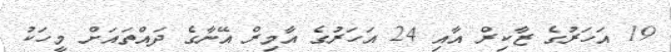
19 އަހަރުގެ ޒާކިރް އާއި 24 އަހަރުގެ އާމިރް އޭނާގެ ދައްތައަށް މީހަކު